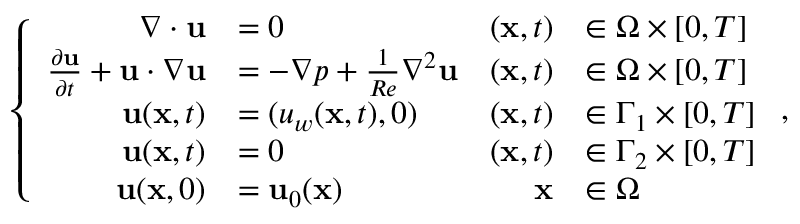
\left\{ \begin{array} { r l r l } { \nabla \cdot { \mathbf { u } } } & { = 0 } & { ( \mathbf { x } , t ) } & { \in \Omega \times [ 0 , T ] } \\ { \frac { \partial \mathbf { u } } { \partial t } + { \mathbf { u } } \cdot \nabla { \mathbf { u } } } & { = - \nabla p + \frac { 1 } { R e } { \nabla ^ { 2 } } { \mathbf { u } } } & { ( \mathbf { x } , t ) } & { \in \Omega \times [ 0 , T ] } \\ { \mathbf { u } ( \mathbf { x } , t ) } & { = ( u _ { w } ( \mathbf { x } , t ) , 0 ) } & { ( \mathbf { x } , t ) } & { \in \Gamma _ { 1 } \times [ 0 , T ] } \\ { \mathbf { u } ( \mathbf { x } , t ) } & { = 0 } & { ( \mathbf { x } , t ) } & { \in \Gamma _ { 2 } \times [ 0 , T ] } \\ { \mathbf { u } ( \mathbf { x } , 0 ) } & { = \mathbf { u } _ { 0 } ( \mathbf { x } ) } & { \mathbf { x } } & { \in \Omega } \end{array} \right. ,